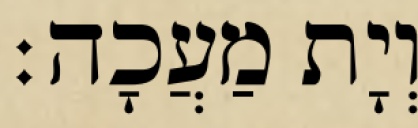
וְיָת מַעֲכָה׃